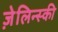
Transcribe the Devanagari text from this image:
ज़ेलिन्स्की